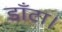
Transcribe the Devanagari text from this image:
डाँटा।